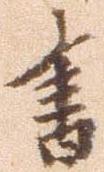
書